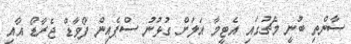
ސާންތި ބުނީ މެޗުގައި އެޓީމާ އަލަށް ގުޅުނު ސްޕެއިން ފޯވާޑް ޖެރާޑޯ އާއި